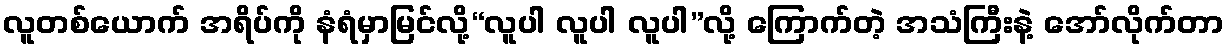
လူတစ်ယောက် အရိပ်ကို နံရံမှာမြင်လို့“လူပါ လူပါ လူပါ”လို့ ကြောက်တဲ့ အသံကြီးနဲ့ အော်လိုက်တာ